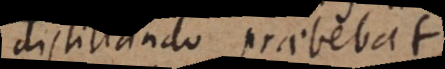
distillando praebebat.